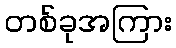
တစ်ခုအကြား